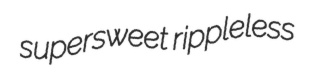
supersweet rippleless